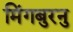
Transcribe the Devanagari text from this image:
मिंगबुरनु